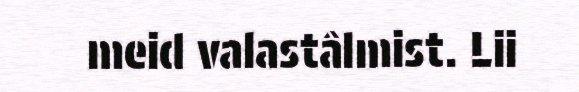
meid valastâlmist. Lii